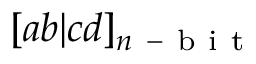
[ a b | c d ] _ { n \mathrm { ~ - ~ b ~ i ~ t ~ } }